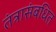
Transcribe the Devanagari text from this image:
तंत्रासंबधित